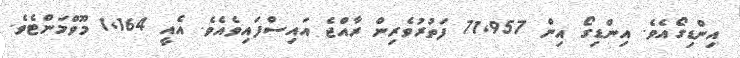
އިންޑިގޯއެވެ. އިންޑިގޯ އިން 71